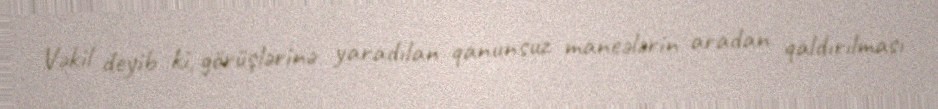
Vəkil deyib ki, görüşlərinə yaradılan qanunsuz maneələrin aradan qaldırılması